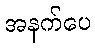
အနက်ပေ